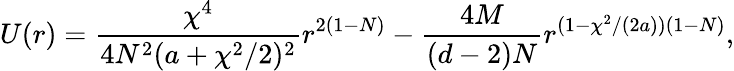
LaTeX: U(r)=\frac{\chi^{4}}{4N^{2}(a+\chi^{2}/2)^{2}}r^{2(1-N)}-\frac{4M}{(d-2)N}r^{(1-\chi^{2}/(2a))(1-N)},